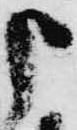
申